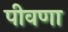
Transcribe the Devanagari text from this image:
पीवणा